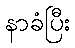
နာခံပြီး